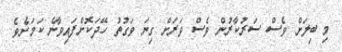
މި ބިލަށް ވެސް ސަރުކާރުން ވެސް ވަރަށް ގިނަ ވަގުތު ހޭދަކޮށްފައިވާނެ ކަމަށެވެ.